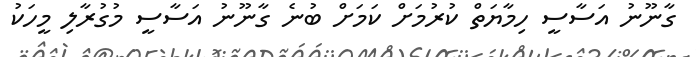
ގާނޫނު އަސާސީ ހިމާޔަތް ކުރުމަށް ކަމަށް ބުނެ ގާނޫނު އަސާސީ މުގުރާލި މީހަކު